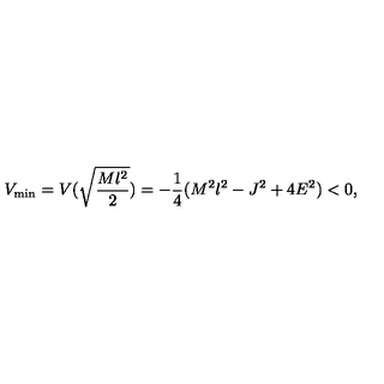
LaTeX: V _ { \mathrm { m i n } } = V ( \sqrt { \frac { M l ^ { 2 } } { 2 } } ) = - \frac { 1 } { 4 } ( M ^ { 2 } l ^ { 2 } - J ^ { 2 } + 4 E ^ { 2 } ) < 0 ,